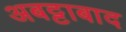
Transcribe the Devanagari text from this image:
अबट्टाबाद